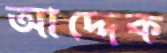
আদ্দেক